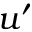
u ^ { \prime }